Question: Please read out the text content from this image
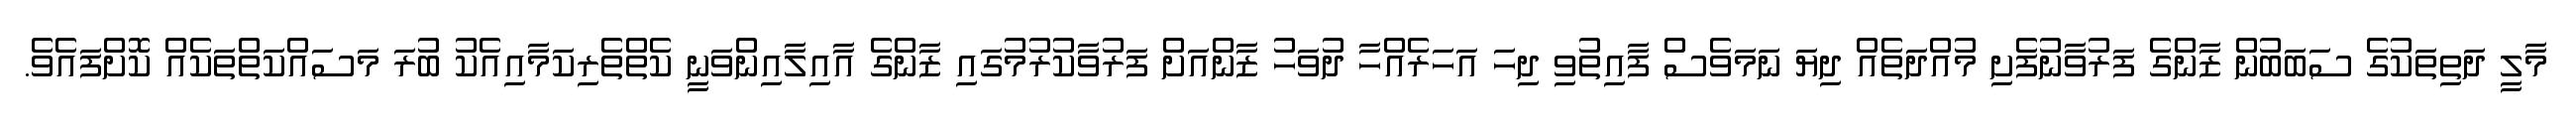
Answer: މާލީ ދަތިތަކުގެ ސަބަބުން ޒާންގެ ފަރުވާނުފެށި މުއްދަތެއް ދިޔަ ނަމަވެސް ފާއިތުވި ދިހަ އަހަރެއްހާ ދުވަހު ޒާންއަށް ފަރުވާކުރުމުގައި ޒާންގެ އާއިލާއިންވަނީ ކެތްތެރިކަމާއިއެކު ބުރަ މަސައްކަތްތަކެއް ކޮށްފައެވެ.